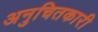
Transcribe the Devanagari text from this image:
अनुचितकारी